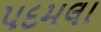
પદમલા